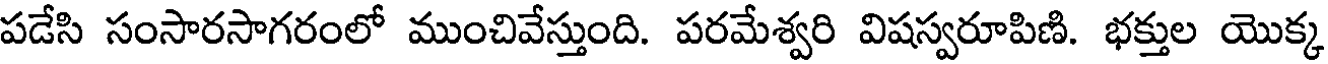
పడేసి సంసారసాగరంలో ముంచివేస్తుంది. పరమేశ్వరి విషస్వరూపిణి. భక్తుల యొక్క